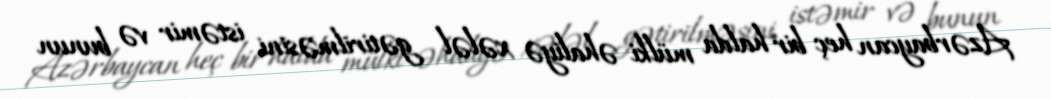
Azərbaycan heç bir halda mülki əhaliyə xələl gətirilməsini istəmir və bunun